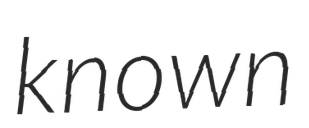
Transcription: known